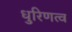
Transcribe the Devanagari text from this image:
धुरिणत्व